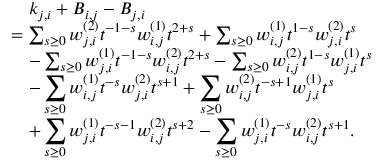
\begin{array} { r l } & { \quad k _ { j , i } + B _ { i , j } - B _ { j , i } } \\ & { = \sum _ { s \geq 0 } w _ { j , i } ^ { ( 2 ) } t ^ { - 1 - s } w _ { i , j } ^ { ( 1 ) } t ^ { 2 + s } + \sum _ { s \geq 0 } w _ { i , j } ^ { ( 1 ) } t ^ { 1 - s } w _ { j , i } ^ { ( 2 ) } t ^ { s } } \\ & { \quad - \sum _ { s \geq 0 } w _ { j , i } ^ { ( 1 ) } t ^ { - 1 - s } w _ { i , j } ^ { ( 2 ) } t ^ { 2 + s } - \sum _ { s \geq 0 } w _ { i , j } ^ { ( 2 ) } t ^ { 1 - s } w _ { j , i } ^ { ( 1 ) } t ^ { s } } \\ & { \quad - \displaystyle \sum _ { s \geq 0 } w _ { i , j } ^ { ( 1 ) } t ^ { - s } w _ { j , i } ^ { ( 2 ) } t ^ { s + 1 } + \displaystyle \sum _ { s \geq 0 } w _ { i , j } ^ { ( 2 ) } t ^ { - s + 1 } w _ { j , i } ^ { ( 1 ) } t ^ { s } } \\ & { \quad + \displaystyle \sum _ { s \geq 0 } w _ { j , i } ^ { ( 1 ) } t ^ { - s - 1 } w _ { i , j } ^ { ( 2 ) } t ^ { s + 2 } - \displaystyle \sum _ { s \geq 0 } w _ { j , i } ^ { ( 1 ) } t ^ { - s } w _ { i , j } ^ { ( 2 ) } t ^ { s + 1 } . } \end{array}